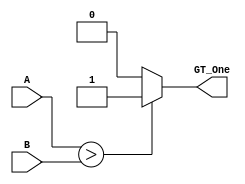
`timescale 1ns / 1ps

module CMP1(
        input [3:0] A, B,
        output reg GT_One
    );
    
    always @(A or B)
    begin
        if(A > B) GT_One = 1;
        else GT_One = 0;
    end
endmodule